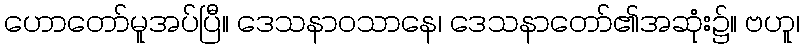
ဟောတော်မူအပ်ပြီ။ ဒေသနာဝသာနေ၊ ဒေသနာတော်၏အဆုံး၌။ ဗဟူ၊